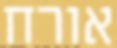
אורח